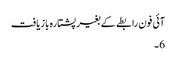
آئی فون رابطے کے بغیر پشتارہ بازیافت
6 ۔